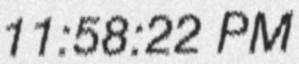
11:58:22 PM